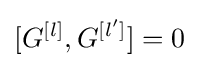
[G^{[l]},G^{[l']}]=0